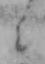
ニ